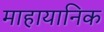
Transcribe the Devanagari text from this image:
माहायानिक